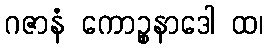
ဂဇာနံ ကောဉ္စနာဒေါ ထ၊